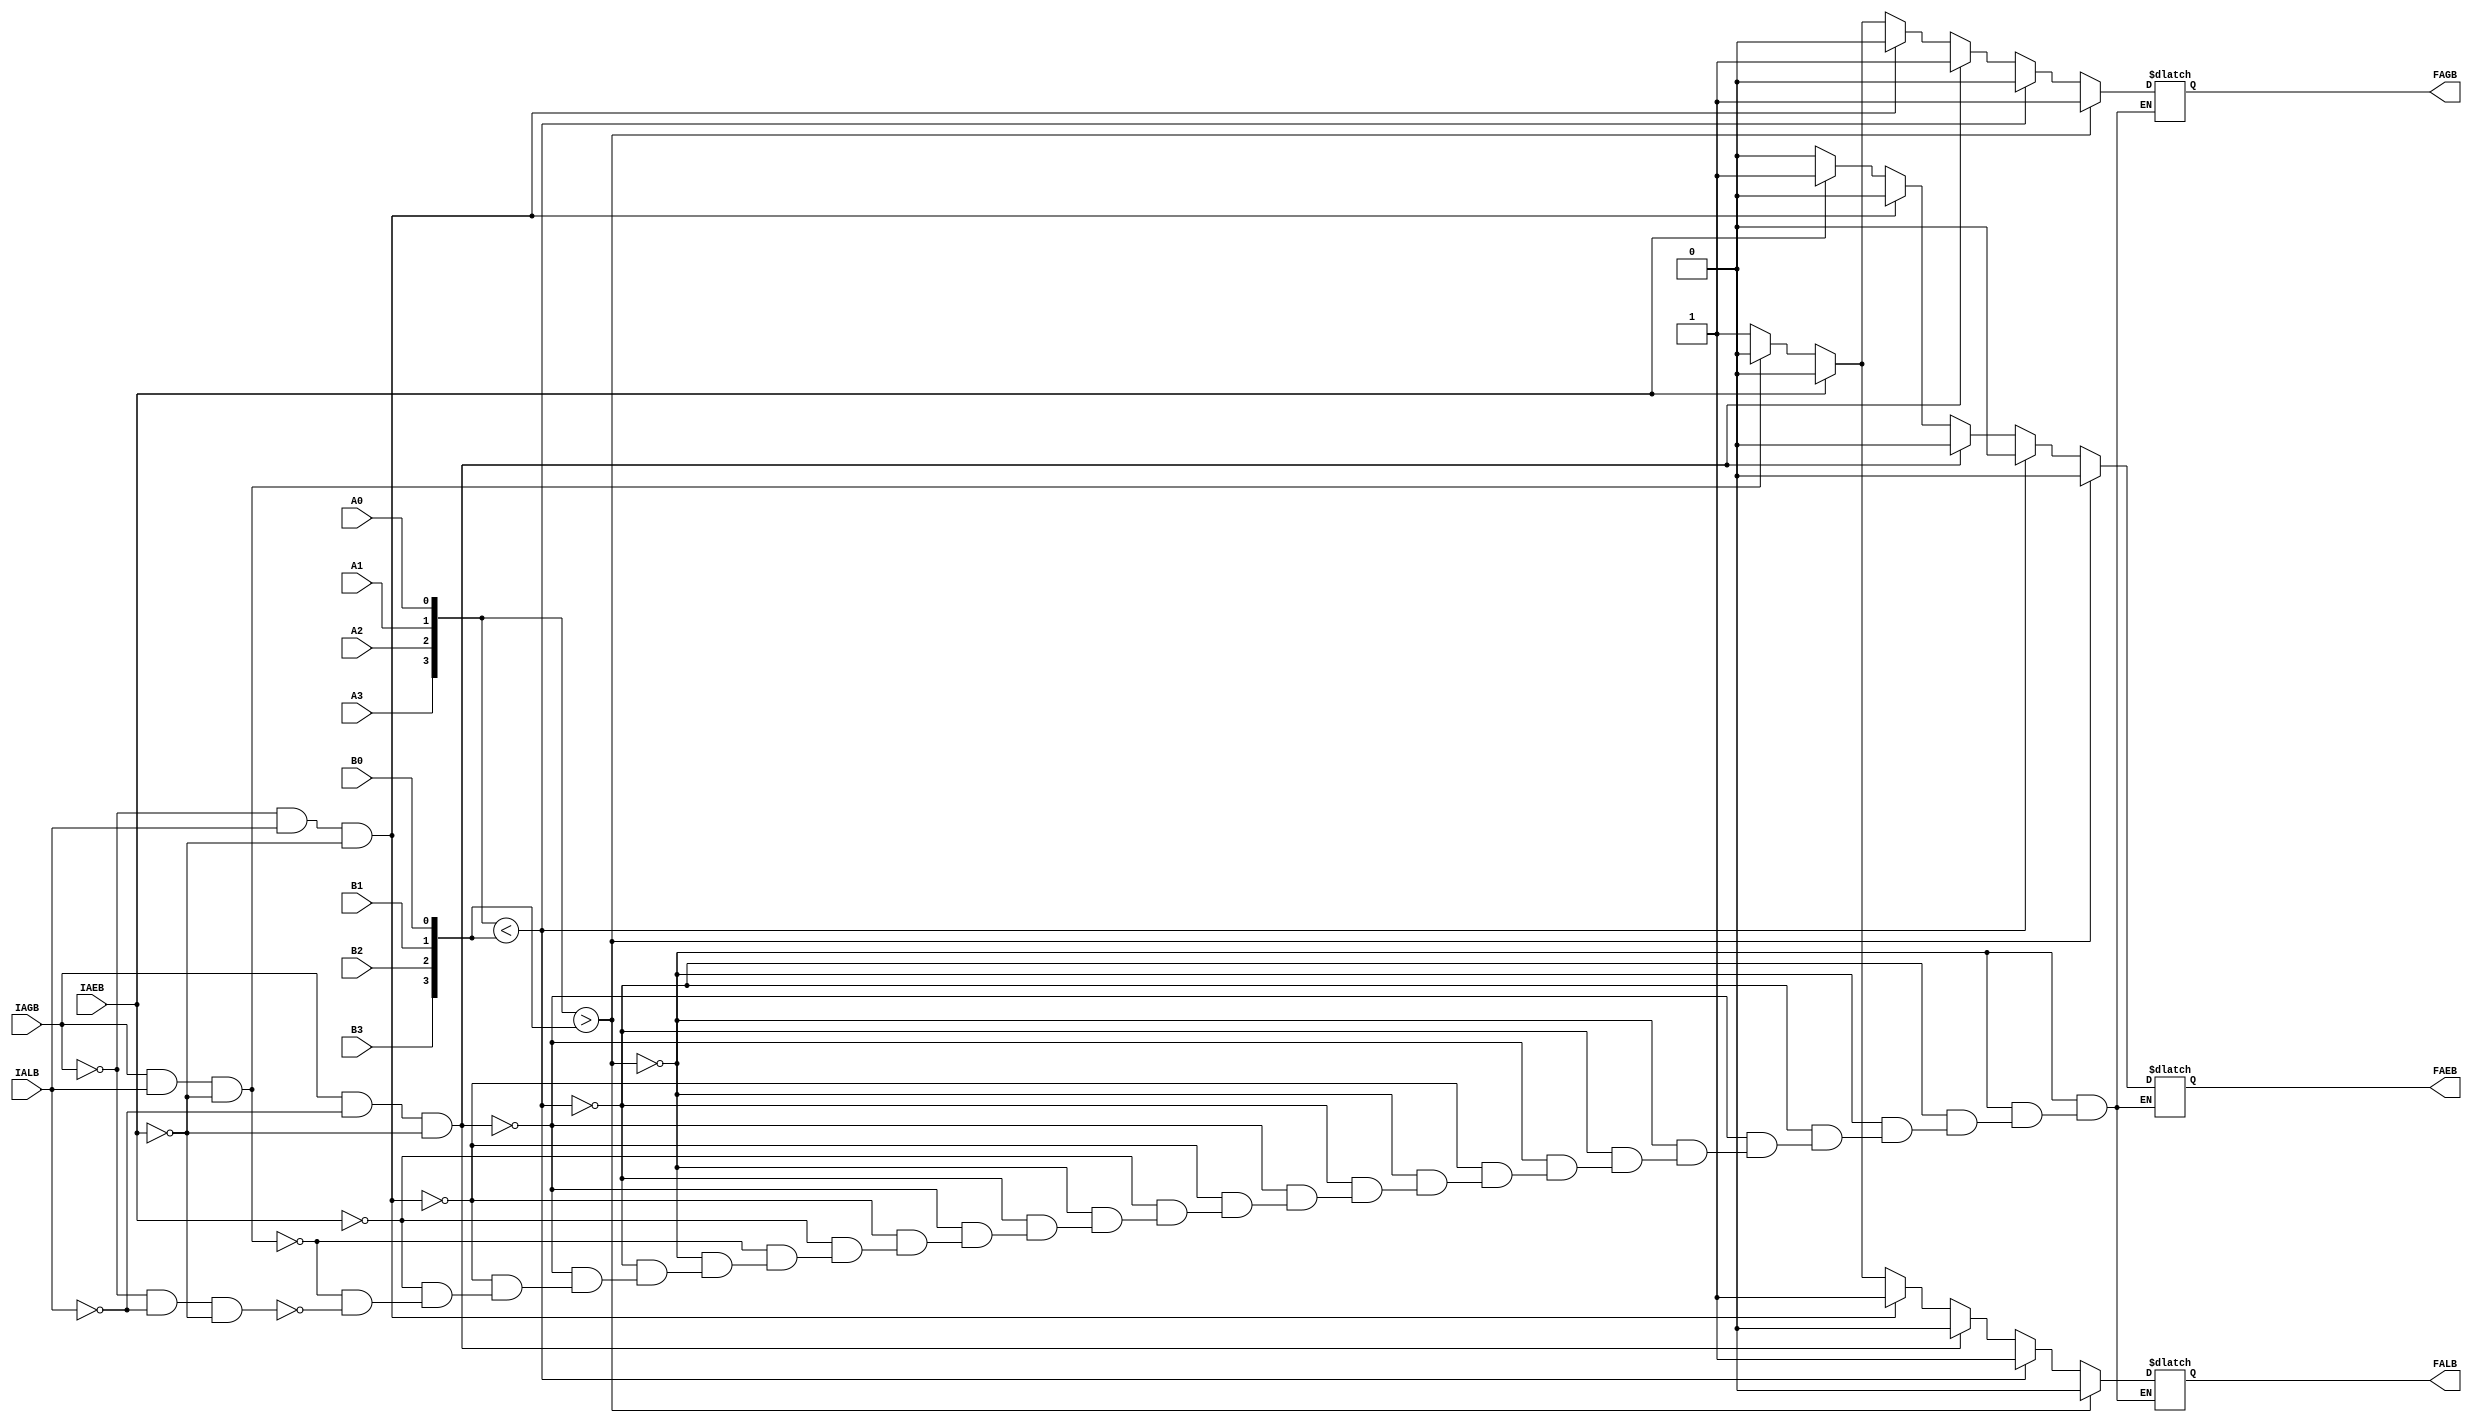
module compare_74LS85(
  input A3,A2,A1,A0,B3,B2,B1,B0,IAGB,IALB,IAEB,
  output reg FAGB,FALB,FAEB
);
  wire [3:0] DataA,DataB;
  assign DataA = {A3,A2,A1,A0};
  assign DataB = {B3,B2,B1,B0};
  always @ (*)
    begin
	  if(DataA>DataB)
	    begin
		  FAGB = 1; FALB = 0; FAEB = 0;
		end
	  else if(DataA<DataB)
	    begin
		  FAGB = 0; FALB = 1; FAEB = 0;
		end
	  else if(IAGB&!IALB&!IAEB)
	    begin
		  FAGB = 1; FALB = 0; FAEB = 0;
		end
	  else if(!IAGB&IALB&!IAEB)
	    begin
		  FAGB = 0; FALB = 1; FAEB = 0;
		end
	  else if(IAEB)
	    begin
		  FAGB = 0; FALB = 0; FAEB = 1;
		end
      else if(IAGB&IALB&!IAEB)
	    begin
		  FAGB = 0; FALB = 0; FAEB = 0;
		end
	  else if(!IAGB&!IALB&!IAEB)
	    begin
		  FAGB = 1; FALB = 1; FAEB = 0;
		end
	end
endmodule